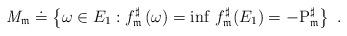
LaTeX: \begin{align*}\mathit{M}_{\mathfrak{m}}\doteq \left\{ \omega \in E_{1}:f_{\mathfrak{m}}^{\sharp }\left( \omega \right) =\inf \,f_{\mathfrak{m}}^{\sharp }(E_{1})=-\mathrm{P}_{\mathfrak{m}}^{\sharp }\right\} \ . \end{align*}